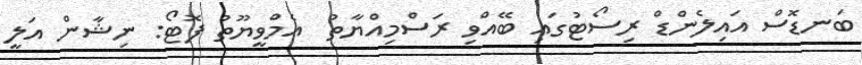
ބަނޑޮސް އައިލެންޑް ރިސޯޓުގައި ބޭއްވި ރަސްމިއްޔާތު  އެމްވީޔޫތު ފޮޓޯ: ނިޝާން އަލީ